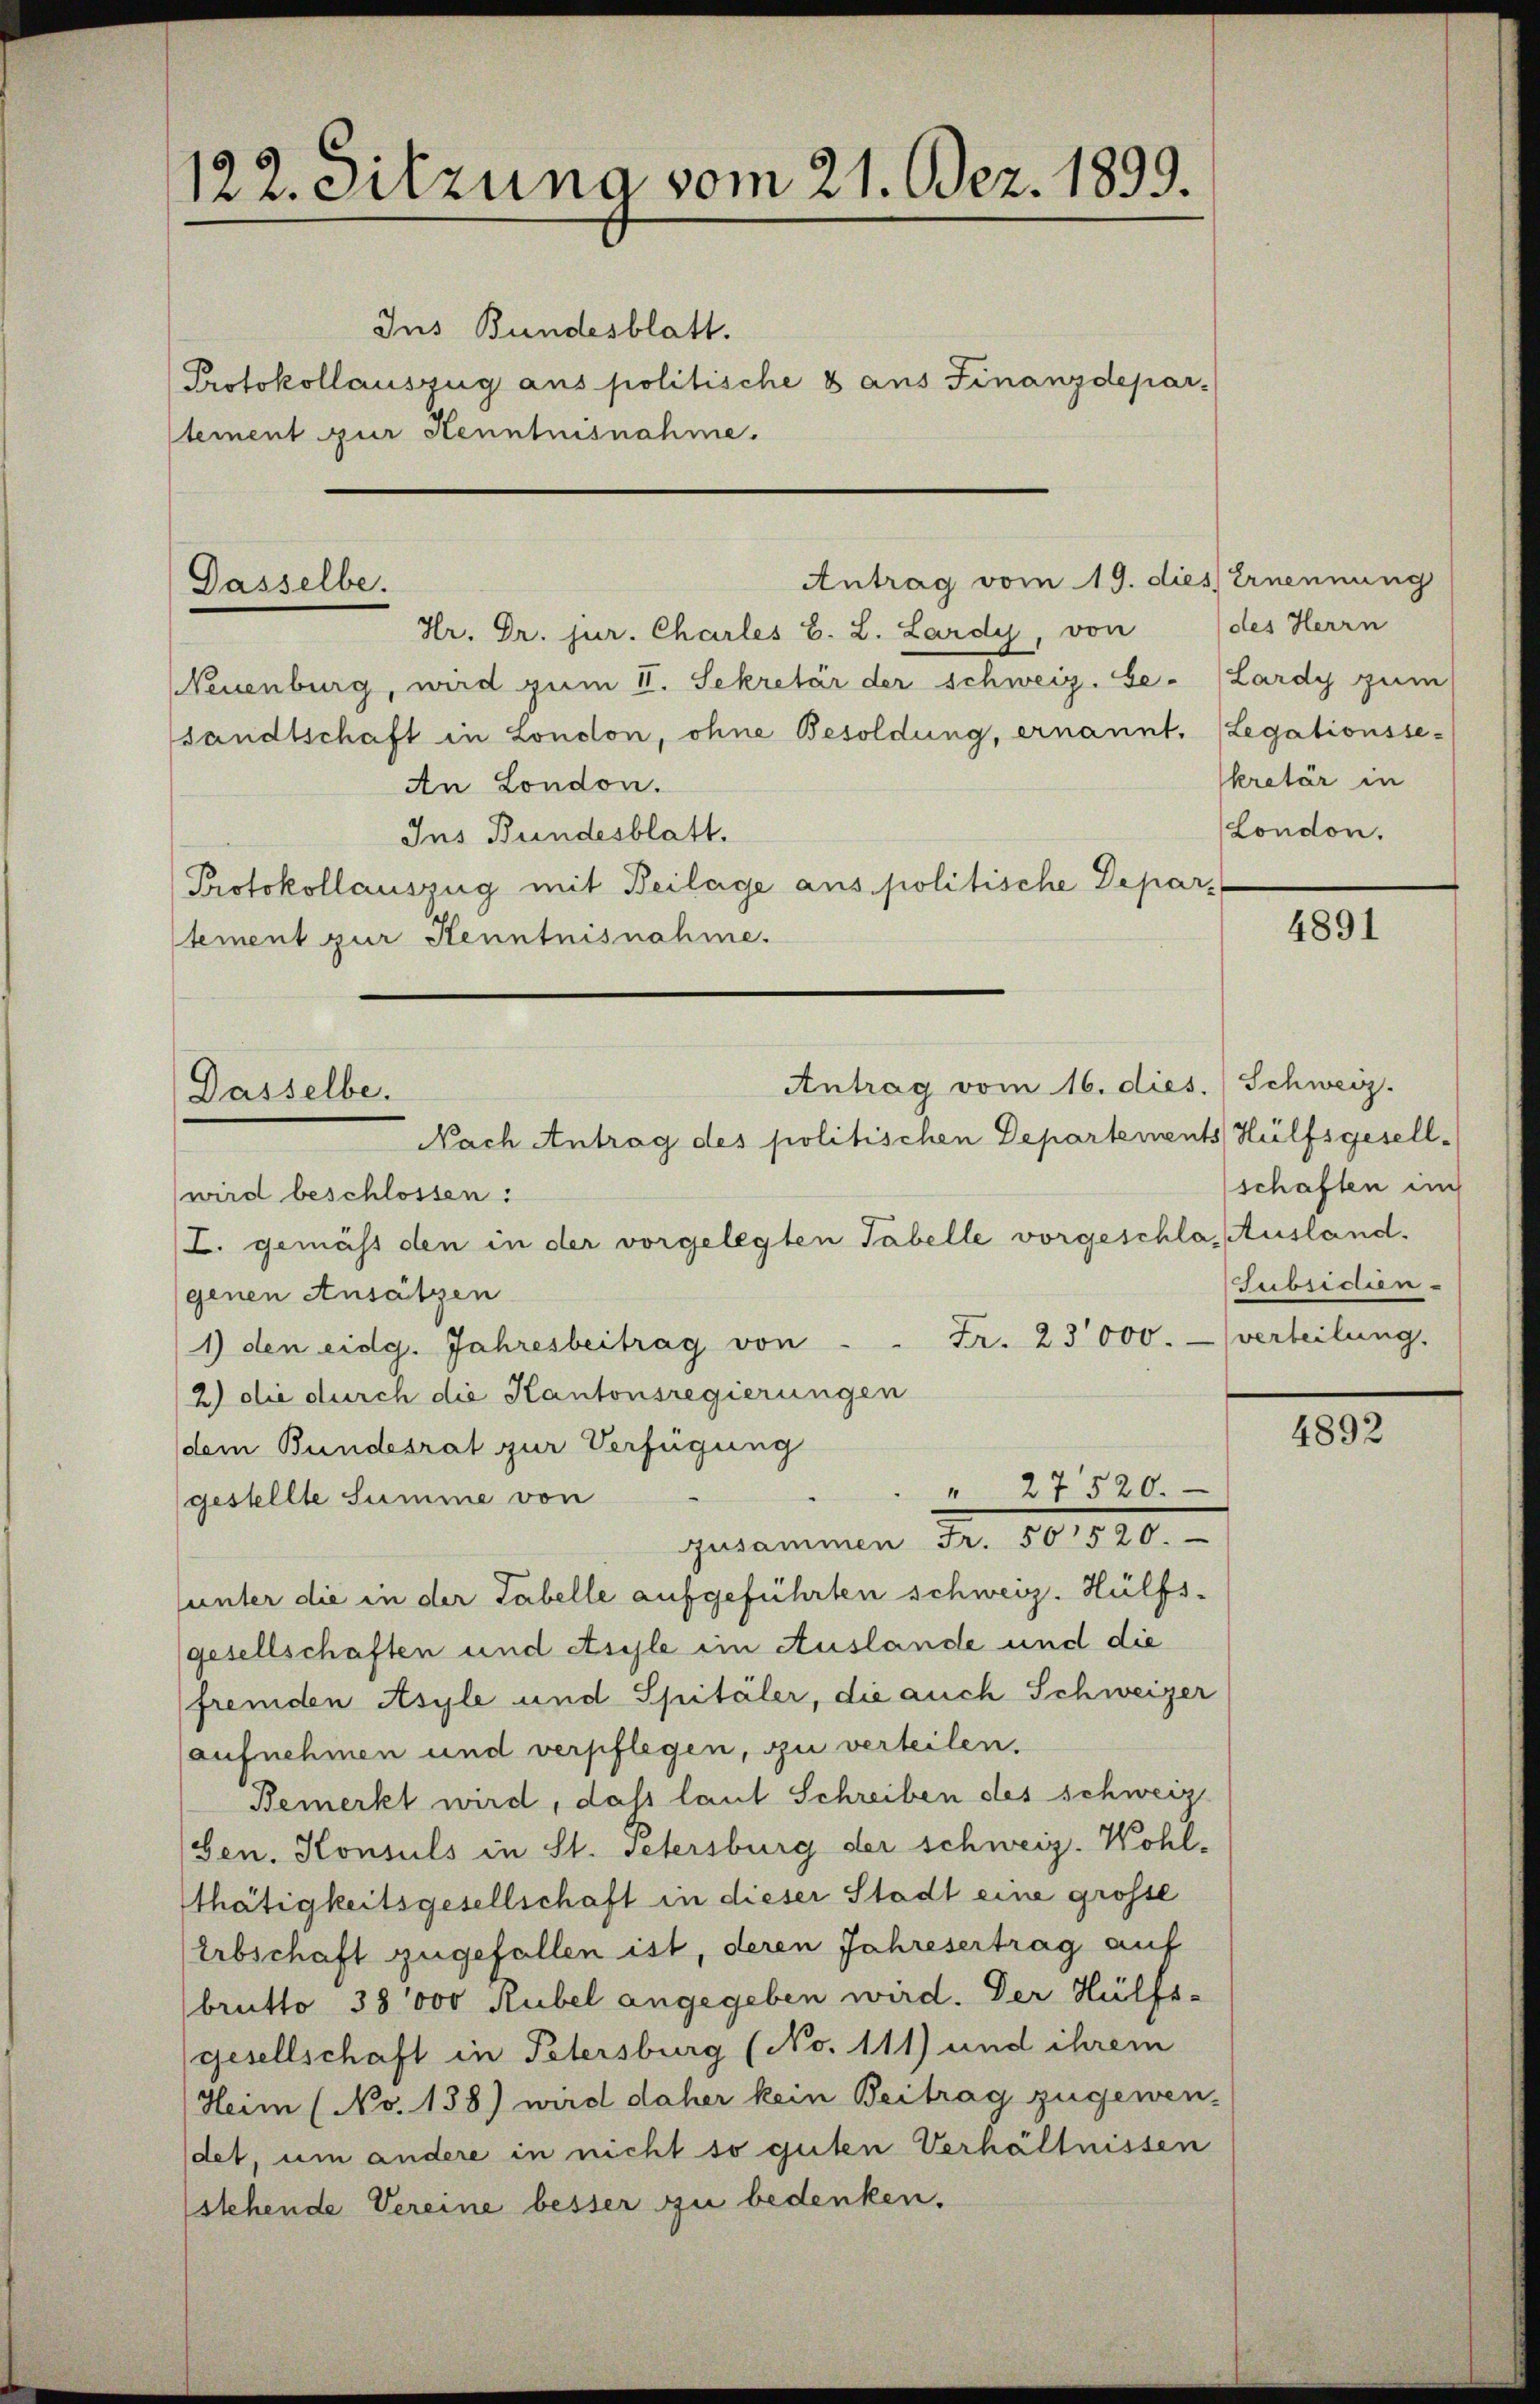
122. Sitzuna vom 21. Dez. 1899.

Dasselbe.

Dasselbe.

Ins Bundesblatt.
Protokollauszug aus politische 8 ans Finanzdepar-
tement zur Kenntnisnahme.

Antrag vom 16. dies. Schweiz.

Antrag vom 19. dies Ernennung

Hr. Dr. jur. Charles B. L. Lardy, von des Herrn
Neuenburg, wird zum II. Sekretär der schweiz. Se. Lardy zum
sandtschaft in London, ohne Besoldung, ernannt. (Legationsse-
An London.
Ins Bundesblatt.
Protokollauszug mit Beilage aus politische Depar-
stement zur Kenntnisnahme.

kretär in
London.

Nach Antrag des politischen Departements Hülfsgesellwird beschlossen:
(L. gemäss den in der vorgelegten Tabelle vorgeschla, Ausland.
genen Ansätzen
1) den eidg. Jahresbeitrag von . . Fr. 23000. verteilung.
2) die durch die Kantonsregierungen
(dem Bundesrat zur Verfügung
" 27520.
gestellte Summe von
zusammen Fr. 50520.
unter die in der Tabelle aufgeführten schweiz. Hülfs¬
(gesellschaften und Asyle im Auslande und die
fremden Asyle und Spitäler, die auch Schweizer
aufnehmen und verpflegen, zu verteilen.
Bemerkt wird, dass laut Schreiben des schweiz
Gen. Konsuls in St. Petersburg der schweiz. Wohl-
thätigkeitsgesellschaft in dieser Stadt eine grosse
Erbschaft zugefallen ist, deren Jahresertrag auf
brutto 38000 Rubel angegeben wird. Der Hülfs-
gesellschaft in Petersburg (No. 111) und ihrem
Heim (No. 138) wird daher kein Beitrag zugewen-
det, um andere in nicht so guten Verhältnissen
stehende Vereine besser zu bedenken.

4891

schaften in
Subsidien

4892